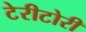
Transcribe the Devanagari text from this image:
टेरीटोरी